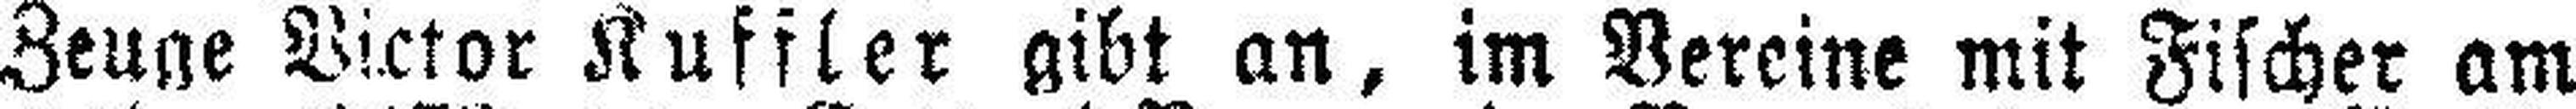
Zeuge Victor Kuffler gibt an, im Vereine mit Fischer am